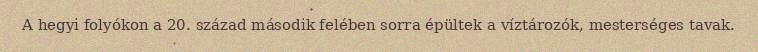
A hegyi folyókon a 20. század második felében sorra épültek a víztározók, mesterséges tavak.